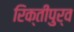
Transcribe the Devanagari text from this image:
रिक्तीपुर्व